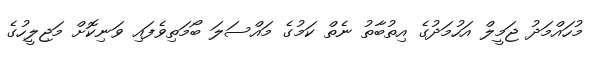
މުހައްމަދު ޖަމީލް އަހުމަދުގެ އިތުބާތު ނެތް ކަމުގެ މައްސަލަ ބޯމަތިވެފައި ވަނިކޮށް މަޖިލީހުގެ